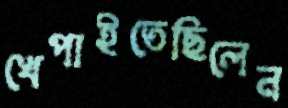
খেপাইতেছিলেন